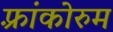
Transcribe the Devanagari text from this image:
फ़्रांकोरुम